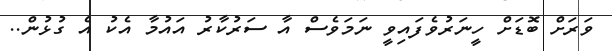
ވަރަށް ބޮޑަށް ހީނަރުވެފައިވީ ނަމަވެސް އާ ސަރުކާރު އައުމާ އެކު އެ ގުޅުން..